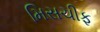
મિસચીફ